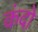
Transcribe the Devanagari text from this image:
कंदो